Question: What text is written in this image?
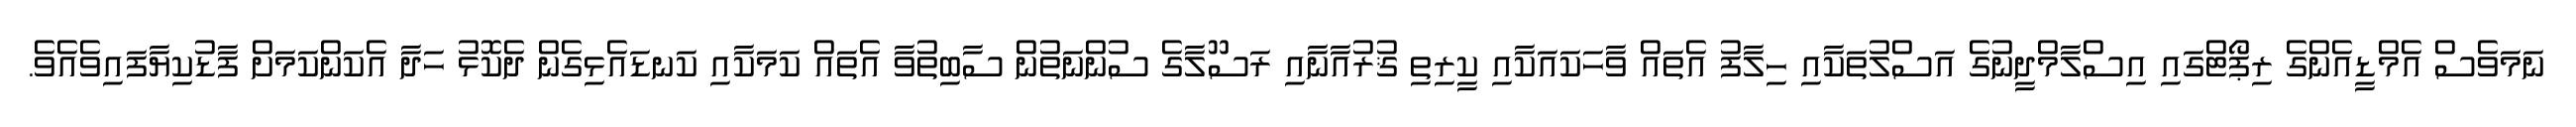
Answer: ނަމަވެސް އެމްޑީއެންގެ ރިޕޯޓްގައި އިސްލާމްދީނުގެ އަސްލުތަކާއި ހިލާފު އެތައް ވާހަކައަކާއި ކީރިތި ޤުރުއާނާއި ރަސޫލާގެ ސުންނަތުން ސާބިތުވާ އެތައް ކަމަކާއި ކަނޑައެޅިގެން ދެކޮޅު ހަދާ އެކަންކަމަށް ފާޑުކިޔާފައިވެއެވެ.